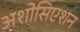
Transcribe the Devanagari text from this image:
अशोसिएशन